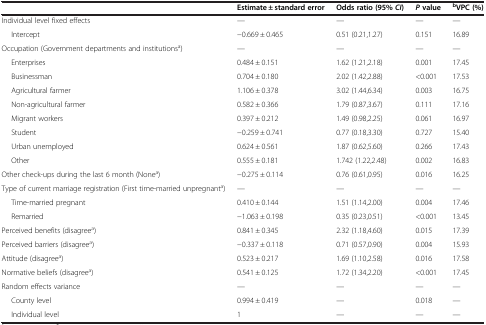
<table><thead><tr><td><b> </b></td><td><b>Estimate ± standard error</b></td><td><b>Odds ratio (95% <i>CI</i>)</b></td><td><b><i>P </i>value</b></td><td><b><sup>b</sup>VPC (%)</b></td></tr></thead><tbody><tr><td>Individual level fixed effects</td><td>—</td><td>—</td><td>—</td><td>—</td></tr><tr><td>Intercept</td><td>-0.669 ± 0.465</td><td>0.51 (0.21,1.27)</td><td>0.151</td><td>16.89</td></tr><tr><td>Occupation (Government departments and institutions<sup>a</sup>)</td><td>—</td><td>—</td><td>—</td><td>—</td></tr><tr><td>Enterprises</td><td>0.484 ± 0.151</td><td>1.62 (1.21,2.18)</td><td>0.001</td><td>17.45</td></tr><tr><td>Businessman</td><td>0.704 ± 0.180</td><td>2.02 (1.42,2.88)</td><td>&lt;0.001</td><td>17.53</td></tr><tr><td>Agricultural farmer</td><td>1.106 ± 0.378</td><td>3.02 (1.44,6.34)</td><td>0.003</td><td>16.75</td></tr><tr><td>Non-agricultural farmer</td><td>0.582 ± 0.366</td><td>1.79 (0.87,3.67)</td><td>0.111</td><td>17.16</td></tr><tr><td>Migrant workers</td><td>0.397 ± 0.212</td><td>1.49 (0.98,2.25)</td><td>0.061</td><td>16.97</td></tr><tr><td>Student</td><td>-0.259 ± 0.741</td><td>0.77 (0.18,3.30)</td><td>0.727</td><td>15.40</td></tr><tr><td>Urban unemployed</td><td>0.624 ± 0.561</td><td>1.87 (0.62,5.60)</td><td>0.266</td><td>17.43</td></tr><tr><td>Other</td><td>0.555 ± 0.181</td><td>1.742 (1.22,2.48)</td><td>0.002</td><td>16.83</td></tr><tr><td>Other check-ups during the last 6 month (None<sup>a</sup>)</td><td>-0.275 ± 0.114</td><td>0.76 (0.61,0.95)</td><td>0.016</td><td>16.25</td></tr><tr><td>Type of current marriage registration (First time-married unpregnant<sup>a</sup>)</td><td>—</td><td>—</td><td>—</td><td>—</td></tr><tr><td>Time-married pregnant</td><td>0.410 ± 0.144</td><td>1.51 (1.14,2.00)</td><td>0.004</td><td>17.46</td></tr><tr><td>Remarried</td><td>-1.063 ± 0.198</td><td>0.35 (0.23,0.51)</td><td>&lt;0.001</td><td>13.45</td></tr><tr><td>Perceived benefits (disagree<sup>a</sup>)</td><td>0.841 ± 0.345</td><td>2.32 (1.18,4.60)</td><td>0.015</td><td>17.39</td></tr><tr><td>Perceived barriers (disagree<sup>a</sup>)</td><td>-0.337 ± 0.118</td><td>0.71 (0.57,0.90)</td><td>0.004</td><td>15.93</td></tr><tr><td>Attitude (disagree<sup>a</sup>)</td><td>0.523 ± 0.217</td><td>1.69 (1.10,2.58)</td><td>0.016</td><td>17.58</td></tr><tr><td>Normative beliefs (disagree<sup>a</sup>)</td><td>0.541 ± 0.125</td><td>1.72 (1.34,2.20)</td><td>&lt;0.001</td><td>17.45</td></tr><tr><td>Random effects variance</td><td>—</td><td>—</td><td>—</td><td>—</td></tr><tr><td>County level</td><td>0.994 ± 0.419</td><td>—</td><td>0.018</td><td>—</td></tr><tr><td>Individual level</td><td>1</td><td>—</td><td>—</td><td>—</td></tr></tbody></table>